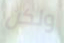
ولكن